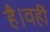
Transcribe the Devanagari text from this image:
है।वहीं